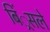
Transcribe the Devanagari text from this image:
बिं्रसले